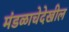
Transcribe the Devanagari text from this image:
मंडळाचेदेखील